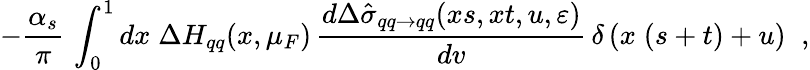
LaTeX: -\frac{\alpha_{s}}{\pi}\, \int_{0}^{1}dx\; \Delta H_{qq}(x,\mu_{F})\, \frac{d\Delta\hat{\sigma}_{qq\to qq}(xs,xt,u,\varepsilon)}{dv}\, \delta\left(x\; (s+t)+u\right)\; \; ,